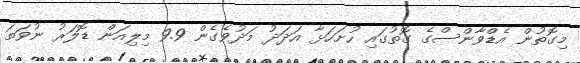
މިގޮތުން އެޑްވާންސްގެ ގޮތުގައި ހުށަހަޅާ އަދަދު މަދުވެގެން 9.9 މިލިއަން ޑޮލަރު ނުވަތަ